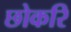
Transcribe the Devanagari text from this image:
छोकरि